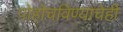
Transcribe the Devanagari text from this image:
पोहोचविण्याचेही